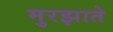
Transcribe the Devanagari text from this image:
मुरझाते